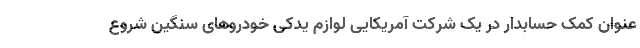
عنوان کمک حسابدار در یک شرکت آمریکایی لوازم یدکی خودرو‌های سنگین شروع